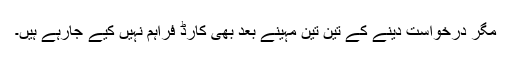
مگر درخواست دینے کے تین تین مہینے بعد بھی کارڈ فراہم نہیں کیے جارہے ہیں۔